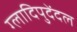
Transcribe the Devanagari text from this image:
ग्लादिपुदेंदल